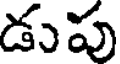
డుపు